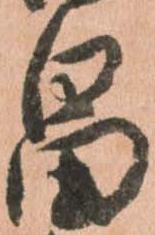
畠